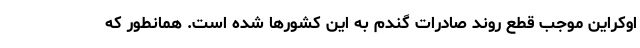
اوکراین موجب قطع روند صادرات گندم به این کشورها شده است. همانطور که